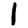
Digit: 1